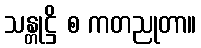
သန္တုဋ္ဌိ စ ကတညုတာ။